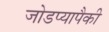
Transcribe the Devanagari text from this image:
जोडप्यापैकी